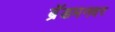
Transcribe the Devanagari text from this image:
ब्रॅडमनवर